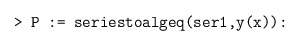
\begin{align*} &\texttt{> P := seriestoalgeq(ser1,y(x)):} \end{align*}